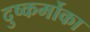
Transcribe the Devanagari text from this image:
दुष्कर्मोका